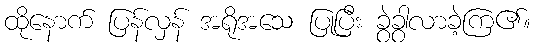
ထိုနောက် ပြန်လှန် အရိုအသေ ပြုပြီး ခွဲခွာလာခဲ့ကြ၏။